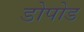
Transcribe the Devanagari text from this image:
डोपोड